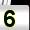
Digit: 5